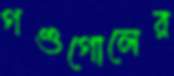
গণ্ডগোলের